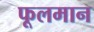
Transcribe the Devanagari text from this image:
फूलमान